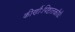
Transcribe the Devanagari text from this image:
कीर्णौःपिष्टातकौधैः